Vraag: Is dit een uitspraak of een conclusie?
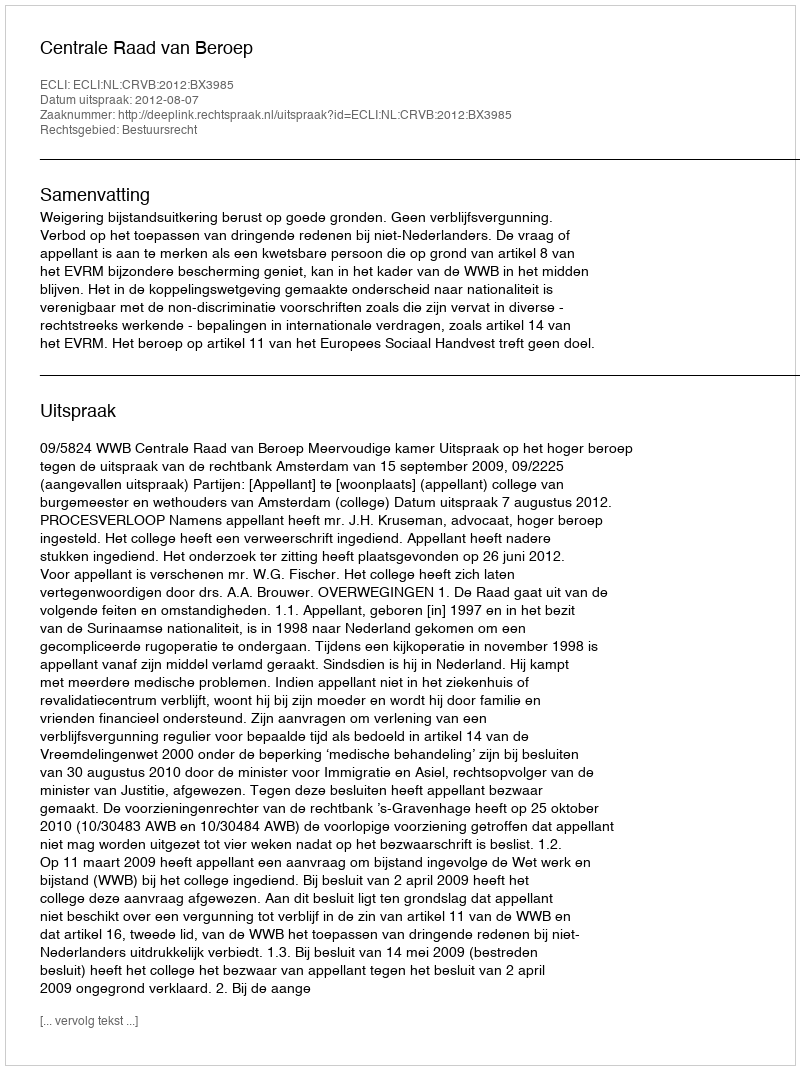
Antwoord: Uitspraak